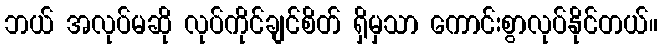
ဘယ် အလုပ်မဆို လုပ်ကိုင်ချင်စိတ် ရှိမှသာ ကောင်းစွာလုပ်နိုင်တယ်။